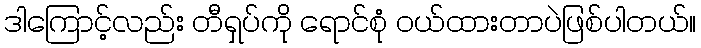
ဒါကြောင့်လည်း တီရှပ်ကို ရောင်စုံ ဝယ်ထားတာပဲဖြစ်ပါတယ်။